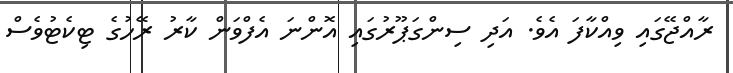
ރާއްޖޭގައި ވިއްކާފަ އެވެ. އަދި ސިންގަޕޫރުގައި އޮންނަ އެފްވަން ކާރު ރޭހުގެ ޓިކެޓުވެސް